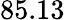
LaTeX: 85.13